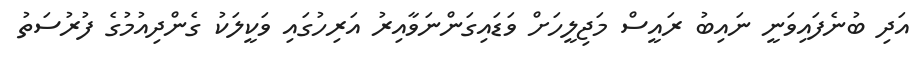
އަދި ބުނެފައިވަނީ ނައިބު ރައީސް މަޖިލީހަށް ވަޑައިގަންނަވާއިރު އަރިހުގައި ވަކީލަކު ގެންދިއުމުގެ ފުރުސަތު